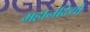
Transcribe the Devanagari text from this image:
महानदियों